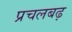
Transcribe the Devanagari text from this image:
प्रचलबढ़